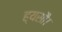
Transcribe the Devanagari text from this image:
ह्यसौ।